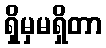
ရှိမှမရှိတာ